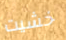
خشيت